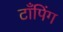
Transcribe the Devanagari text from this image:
टाँपिंग